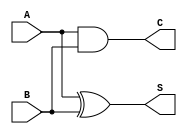
`timescale 1ns / 1ps
//////////////////////////////////////////////////////////////////////////////////
// Company: 
// Engineer: 
// 
// Design Name: 
// Module Name:    halfadder 
// Project Name: 
// Target Devices: 
// Tool versions: 
// Description: 
//
// Dependencies: 
//
// Revision: 
// Revision 0.01 - File Created
// Additional Comments: 
//
//////////////////////////////////////////////////////////////////////////////////
module halfadder(
    input A,
    input B,
    output S,
    output C
    );

	xor x1(S,A,B);
	and a1(C,A,B);

endmodule